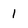
Character: 1